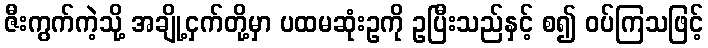
ဇီးကွက်ကဲ့သို့ အချို့ငှက်တို့မှာ ပထမဆုံးဥကို ဥပြီးသည်နှင့် စ၍ ဝပ်ကြသဖြင့်